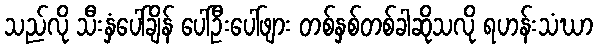
သည်လို သီးနှံပေါ်ချိန် ပေါ်ဦးပေါ်ဖျား တစ်နှစ်တစ်ခါဆိုသလို ရဟန်းသံဃာ